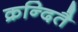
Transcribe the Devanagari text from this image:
क्रन्दितै